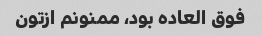
فوق العاده بود، ممنونم ازتون